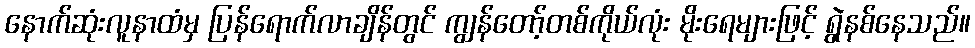
နောက်ဆုံးလူနာထံမှ ပြန်ရောက်လာချိန်တွင် ကျွန်တော့်တစ်ကိုယ်လုံး မိုးရေများဖြင့် ရွဲနစ်နေသည်။